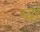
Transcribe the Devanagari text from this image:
ग्वो